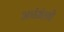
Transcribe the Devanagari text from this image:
अर्धमेली